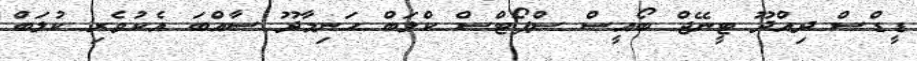
ޑީޑްސް ދިއްދޫ ޓީނޭޖް ބޯއީސް ސްޕޯޓްސް ކްލަބް ހަނިމާދޫ ސާއްބަ އެކުވެރި ކުލަބް